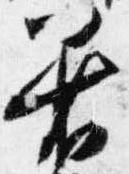
着